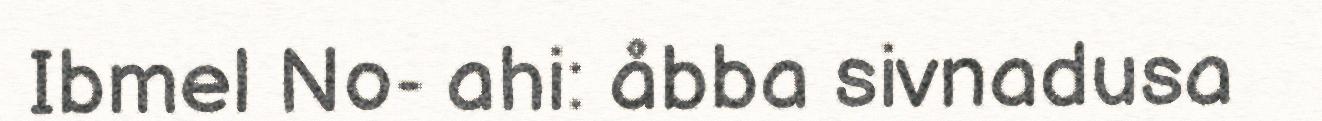
Ibmel No- ahi: åbba sivnadusa